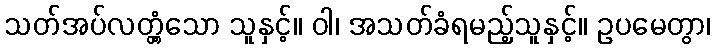
သတ်အပ်လတ္တံ့သော သူနှင့်။ ဝါ၊ အသတ်ခံရမည့်သူနှင့်။ ဥပမေတွာ၊